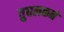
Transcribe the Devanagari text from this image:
तुघलकने